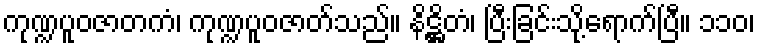
ကုဏ္ဍပူဝဇာတကံ၊ ကုဏ္ဍပူဝဇာတ်သည်။ နိဋ္ဌိတံ၊ ပြီးခြင်းသို့ရောက်ပြီ။ ၁၁၀၊